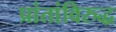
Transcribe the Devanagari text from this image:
प्रांतांविरुद्ध